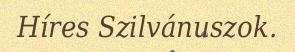
Híres Szilvánuszok.